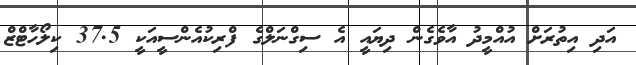
އަދި އިތުރަށް އުއްމީދު އާވެގެން ދިޔައީ އެ ސިގްނަލްގެ ފްރިކުއެންސީއަކީ 37.5 ކިލޯހާޓްޒް